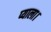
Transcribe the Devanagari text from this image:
प्याला।